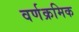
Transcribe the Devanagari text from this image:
वर्णक्रमिक